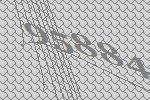
95884